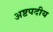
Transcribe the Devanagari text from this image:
अष्टपदीय